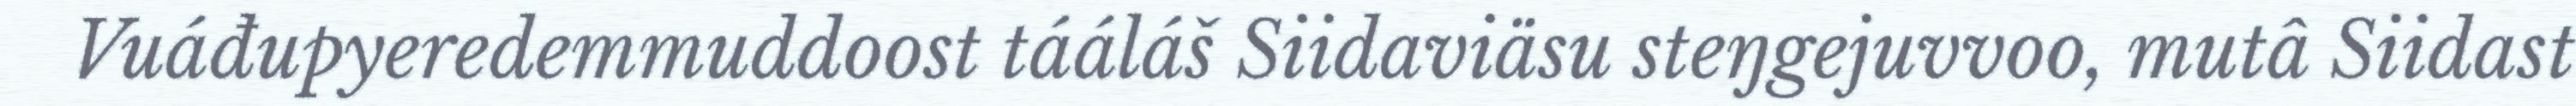
Vuáđupyeredemmuddoost tááláš Siidaviäsu steŋgejuvvoo, mutâ Siidast